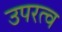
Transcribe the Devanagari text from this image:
उपरत्व